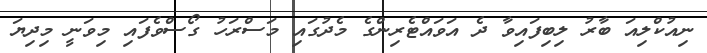
ނިއުކްލިއަ ބާރު ލިބިފައިވާ ދެ އަވައްޓެރިންގެ މެދުގައި މަސްރަހު ގޯސްވެފައި މިވަނީ މިދިޔަ